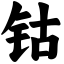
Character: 钴